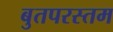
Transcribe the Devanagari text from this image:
बुतपरस्तम